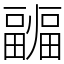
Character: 疈